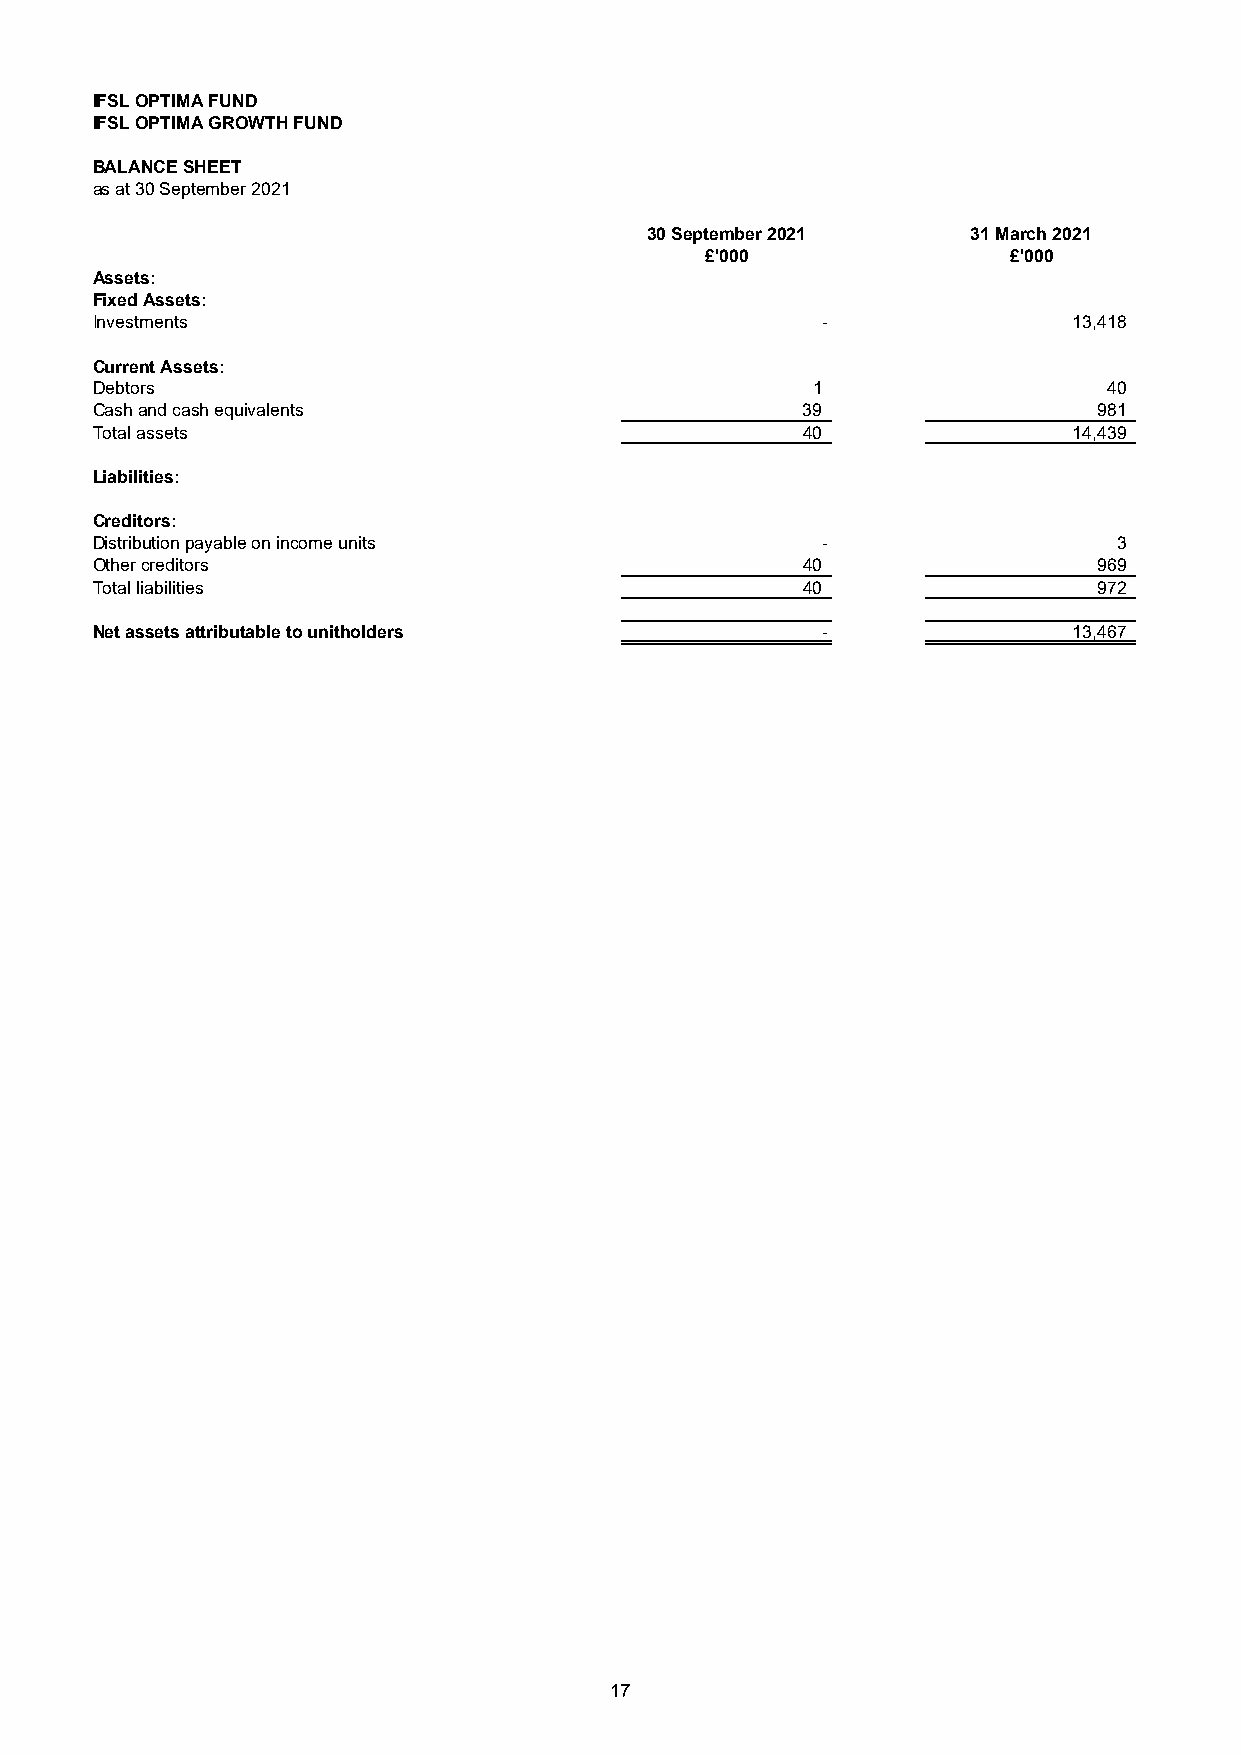
IFSL OPTIMA FUND
 IFSL OPTIMA GROWTH FUND
 BALANCE SHEET
 as at 30 September 2021
 30 September 2021    31 March 2021
 £'000               £'000
 Assets:
 Fixed Assets:
 Investments                                     -                13,418
 Current Assets:
 Debtors                                         1                  40
 Cash and cash equivalents                      39                  981
 Total assets                                   40                14,439
 Liabilities:
 Creditors:
 Distribution payable on income units            -                   3
 Other creditors                                40                  969
 Total liabilities                              40                  972
 Net assets attributable to unitholders          -                13,467
 17